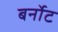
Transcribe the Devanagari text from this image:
बर्नोट